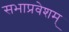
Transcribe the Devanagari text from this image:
सभाप्रवेशम्